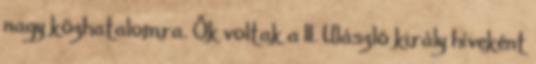
nagy közhatalomra. Ők voltak a II. Ulászló király híveként